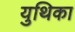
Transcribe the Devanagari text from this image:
युथिका